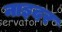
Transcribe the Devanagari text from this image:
नाइदर